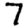
Digit: 7